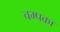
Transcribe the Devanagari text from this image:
चम्पका